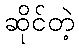
ဆိုင်တဲ့